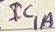
Text: IC1A